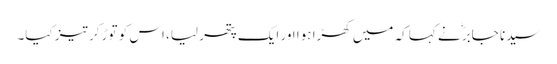
سیدنا جابرؓ نے کہا کہ میں کھڑا ہوا اور ایک پتھر لیا، اس کو توڑ کر تیز کیا۔